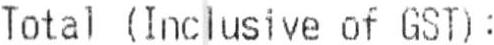
TOTAL (INCLUSIVE OF GST) :